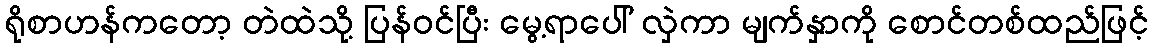
ရိုစာဟန်ကတော့ တဲထဲသို့ ပြန်ဝင်ပြီး မွေ့ရာပေါ် လှဲကာ မျက်နှာကို စောင်တစ်ထည်ဖြင့်